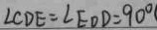
\angle C D E = \angle E O D = 9 0 ^ { \circ }